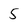
Character: 5